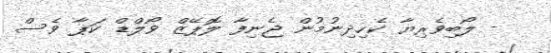
- ލޯބިވެރިޔާ ކެހިދިނުމުން ޖެނިފާ ލޮޕޭޒް ވޯލްޑް ކަޕާ ވެސް